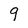
Character: 9